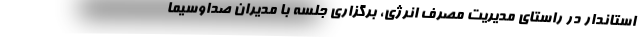
استاندار در راستای مدیریت مصرف انرژی، برگزاری جلسه با مدیران صداوسیما